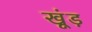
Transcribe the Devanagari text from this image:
खूंड़